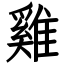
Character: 雞